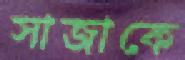
সাজাকে